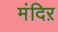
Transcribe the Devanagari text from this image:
मंदिऱ